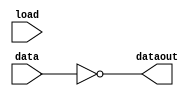
module simp_latch (data, load, dataout);
input data,load;
output dataout;
wire t;
always@ (data or load)
begin 
if(!load)
t=data;
dataout=!t;
end
endmodule